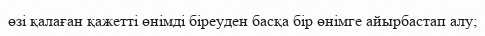
өзі қалаған қажетті өнімді біреуден басқа бір өнімге айырбастап алу;